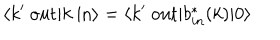
\langle k ^ { \prime } \ \mathrm { o u t } | k \ \mathrm { i n } \rangle = \langle k ^ { \prime } \ \mathrm { o u t } | b _ { i n } ^ { * } ( k ) | 0 \rangle